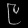
Digit: ၉